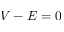
V - E = 0